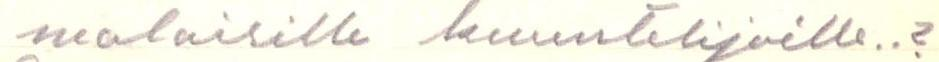
malaisille kuuntelijoille..?